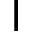
\mathsf { I }